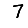
Digit: 7